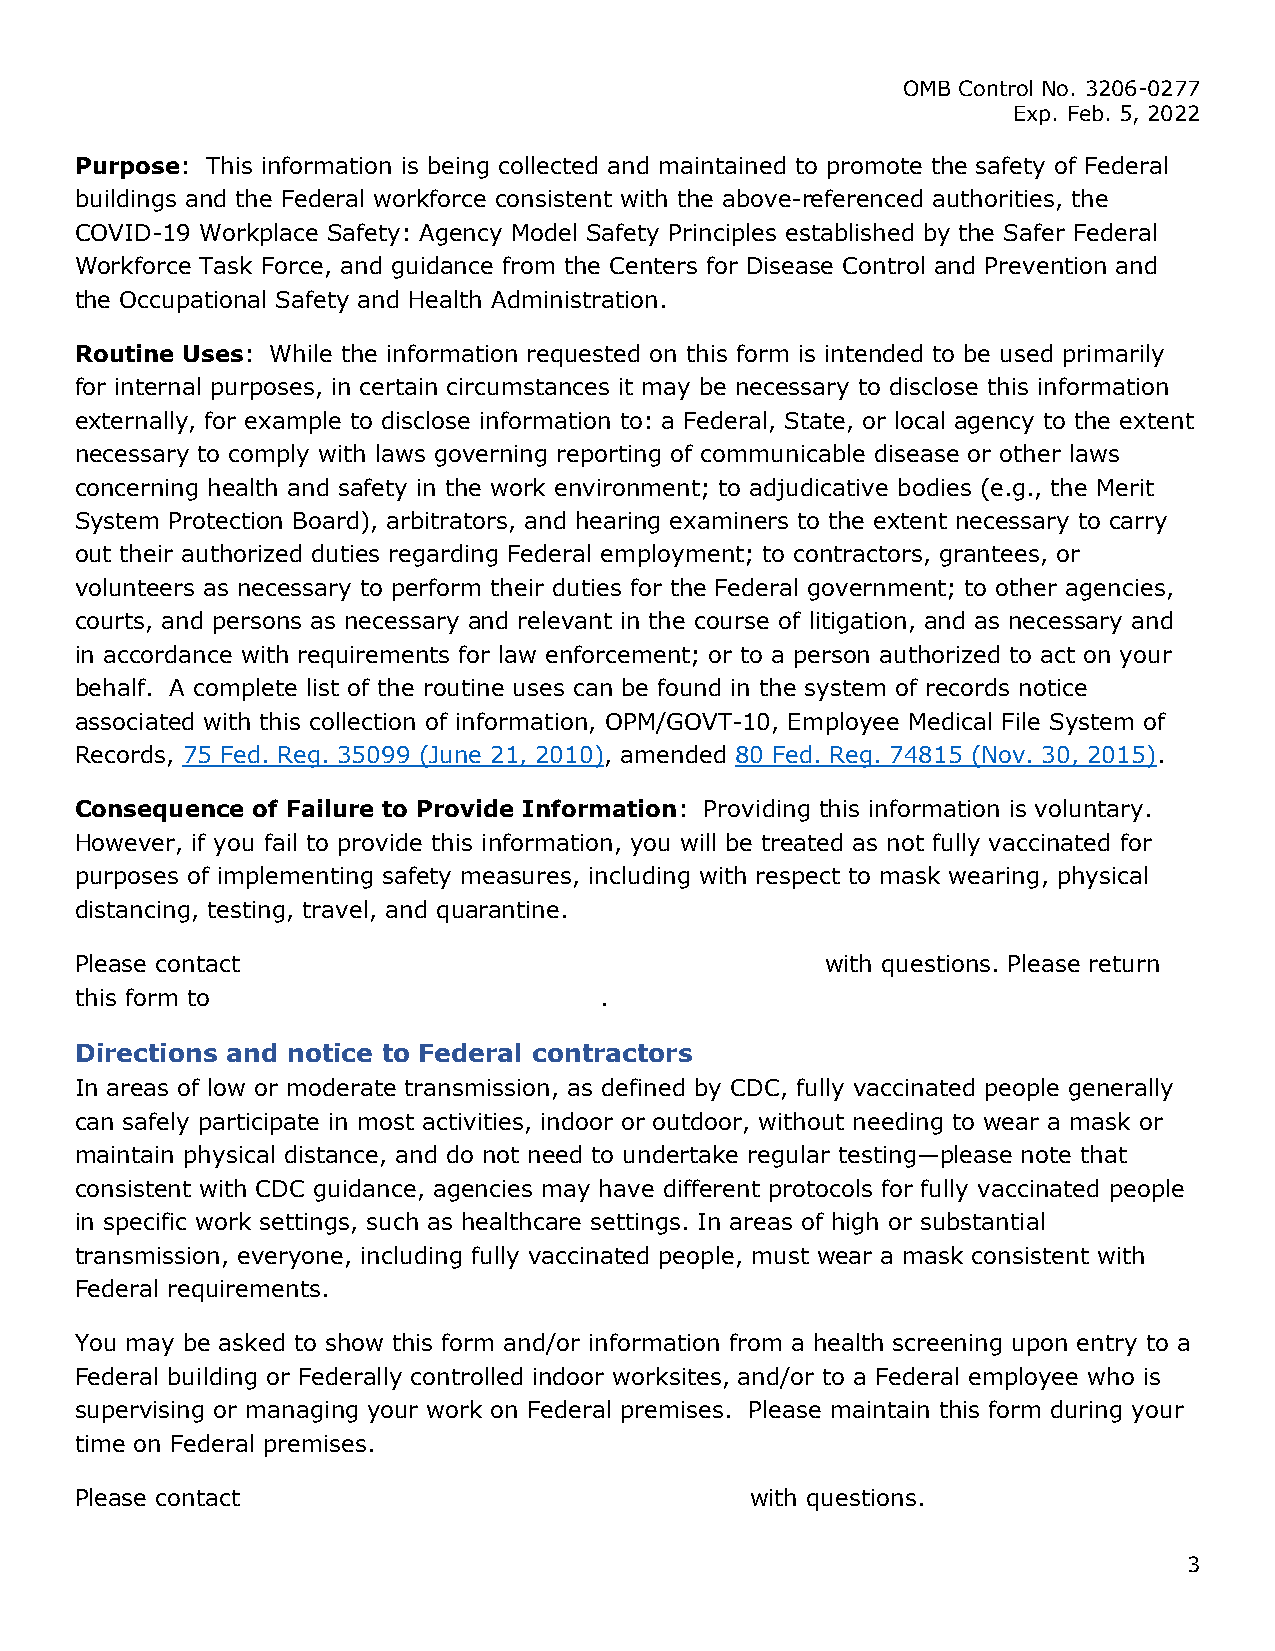
OMB Control No. 3206-0277
 Exp. Feb. 5, 2022
 Purpose: This information is being collected and maintained to promote the safety of Federal
 buildings and the Federal workforce consistent with the above-referenced authorities, the
 COVID-19 Workplace Safety: Agency Model Safety Principles established by the Safer Federal
 Workforce Task Force, and guidance from the Centers for Disease Control and Prevention and
 the Occupational Safety and Health Administration.
 Routine Uses: While the information requested on this form is intended to be used primarily
 for internal purposes, in certain circumstances it may be necessary to disclose this information
 externally, for example to disclose information to: a Federal, State, or local agency to the extent
 necessary to comply with laws governing reporting of communicable disease or other laws
 concerning health and safety in the work environment; to adjudicative bodies (e.g., the Merit
 System Protection Board), arbitrators, and hearing examiners to the extent necessary to carry
 out their authorized duties regarding Federal employment; to contractors, grantees, or
 volunteers as necessary to perform their duties for the Federal government; to other agencies,
 courts, and persons as necessary and relevant in the course of litigation, and as necessary and
 in accordance with requirements for law enforcement; or to a person authorized to act on your
 behalf. A complete list of the routine uses can be found in the system of records notice
 associated with this collection of information, OPM/GOVT-10, Employee Medical File System of
 Records, 75 Fed. Reg. 35099 (June 21, 2010), amended 80 Fed. Reg. 74815 (Nov. 30, 2015).
 Consequence of Failure to Provide Information: Providing this information is voluntary.
 However, if you fail to provide this information, you will be treated as not fully vaccinated for
 purposes of implementing safety measures, including with respect to mask wearing, physical
 distancing, testing, travel, and quarantine.
 Please contact                                    with questions. Please return
 this form to                       .
 Directions and notice to Federal contractors
 In areas of low or moderate transmission, as defined by CDC, fully vaccinated people generally
 can safely participate in most activities, indoor or outdoor, without needing to wear a mask or
 maintain physical distance, and do not need to undertake regular testing—please note that
 consistent with CDC guidance, agencies may have different protocols for fully vaccinated people
 in specific work settings, such as healthcare settings. In areas of high or substantial
 transmission, everyone, including fully vaccinated people, must wear a mask consistent with
 Federal requirements.
 You may be asked to show this form and/or information from a health screening upon entry to a
 Federal building or Federally controlled indoor worksites, and/or to a Federal employee who is
 supervising or managing your work on Federal premises. Please maintain this form during your
 time on Federal premises.
 Please contact                               with questions.
 3